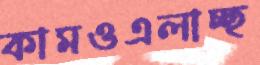
কামওএলাচ্ছ